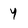
Character: 4